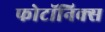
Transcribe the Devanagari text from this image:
फोटॉनिक्‍स